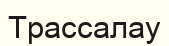
Трассалау